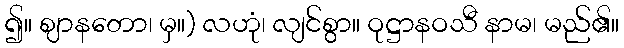
၍။ ဈာနတော၊ မှ။) လဟုံ၊ လျင်စွာ။ ဝုဋ္ဌာနဝသီ နာမ၊ မည်၏။